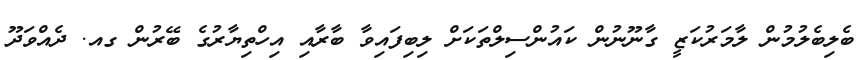
ބެލިބެލުމުން ލާމަރުކަޒީ ގާނޫނުން ކައުންސިލްތަކަށް ލިބިފައިވާ ބާރާއި އިހްތިޔާރުގެ ބޭރުން ގއ. ދެއްވަދޫ